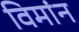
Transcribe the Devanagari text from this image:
विमांन